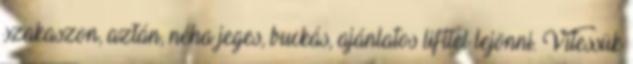
szakaszon, aztán, néha jeges, buckás, ajánlatos lifttel lejönni. Vitessük